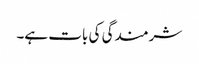
شرمندگی کی بات ہے۔